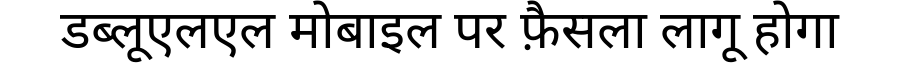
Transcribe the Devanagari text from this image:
डब्लूएलएल मोबाइल पर फ़ैसला लागू होगा